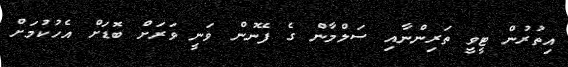
އިތުރުން ޓީވީ ތަރިންނާއި ސަލްމާން ގެ ފޭނުން ވަނީ ވަރަށް ބޮޑަށް އެހުކުމަށް